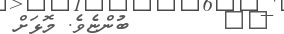
٧٩        ބުންޏެވެ. މޮޅަށް